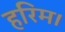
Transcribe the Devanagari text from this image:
हरिम।